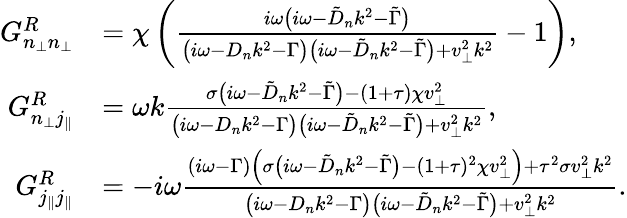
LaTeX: \begin{array}{rl}{G_{n_{\perp}n_{\perp}}^{R}}&{=\chi\left(\frac{i\omega\big(i\omega-\tilde{D}_{n}k^{2}-\tilde{\Gamma}\big)}{\big(i\omega-D_{n}k^{2}-\Gamma\big)\big(i\omega-\tilde{D}_{n}k^{2}-\tilde{\Gamma}\big)+v_{\perp}^{2}k^{2}}-1\right),}\\ {G_{n_{\perp}j_{\| }}^{R}}&{=\omega k\frac{\sigma\big(i\omega-\tilde{D}_{n}k^{2}-\tilde{\Gamma}\big)-(1+\tau)\chi v_{\perp}^{2}}{\big(i\omega-D_{n}k^{2}-\Gamma\big)\big(i\omega-\tilde{D}_{n}k^{2}-\tilde{\Gamma}\big)+v_{\perp}^{2}k^{2}},}\\ {G_{j_{\| }j_{\| }}^{R}}&{=-i\omega\frac{(i\omega-\Gamma)\Big(\sigma\big(i\omega-\tilde{D}_{n}k^{2}-\tilde{\Gamma}\big)-(1+\tau)^{2}\chi v_{\perp}^{2}\Big)+\tau^{2}\sigma v_{\perp}^{2}k^{2}}{\big(i\omega-D_{n}k^{2}-\Gamma\big)\big(i\omega-\tilde{D}_{n}k^{2}-\tilde{\Gamma}\big)+v_{\perp}^{2}k^{2}}.}\end{array}